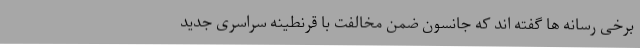
برخی رسانه ها گفته اند که جانسون ضمن مخالفت با قرنطینه سراسری جدید